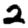
Digit: 2